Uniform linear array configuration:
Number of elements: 64
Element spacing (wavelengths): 1
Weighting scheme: exponential
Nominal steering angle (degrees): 30
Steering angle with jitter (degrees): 28.077
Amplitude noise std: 0.05
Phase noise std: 0.05

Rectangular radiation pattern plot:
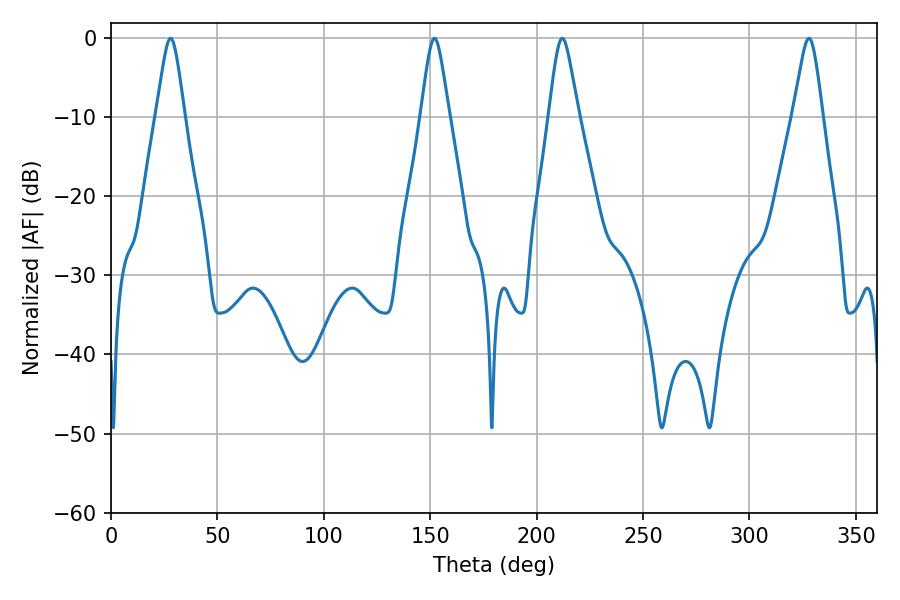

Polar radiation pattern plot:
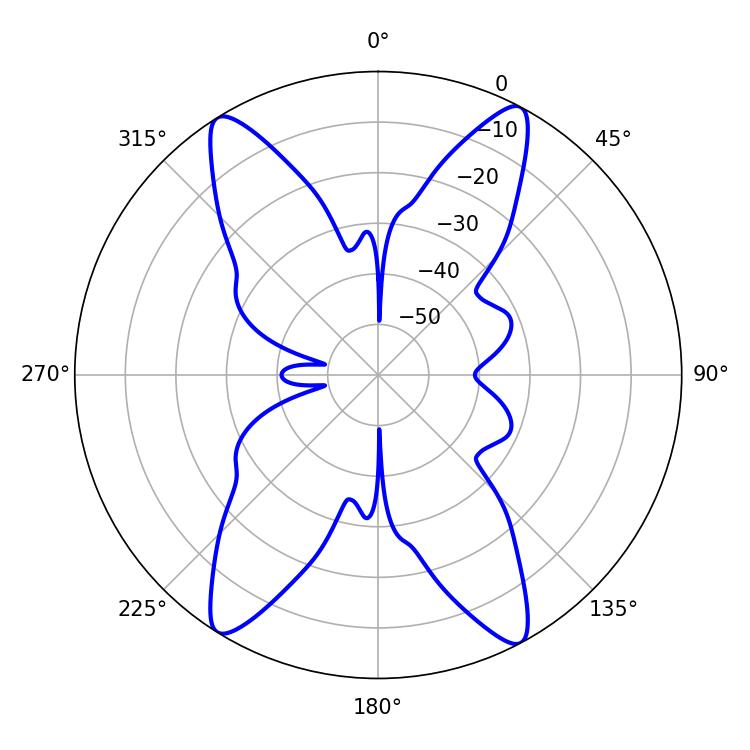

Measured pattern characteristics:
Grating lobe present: TRUE
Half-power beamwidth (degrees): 6.66
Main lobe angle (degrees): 212.04